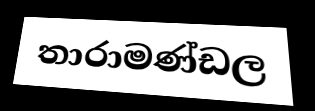
තාරාමණ්ඩල